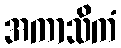
အကာသိကံ